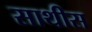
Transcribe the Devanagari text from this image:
साथीस